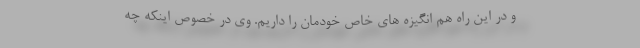
و در این راه هم انگیزه های خاص خودمان را داریم. وی در خصوص اینکه چه